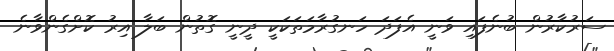
ސަރުކާރުން ބުނެފައި ވަނީ އެފަދަ ހަނގުރާމަތަކަކީ ދީނީ ގޮތުން ބަލާ އިރު ކޮށްގެންވާނެ